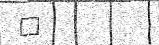
٣